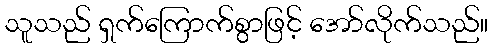
သူသည် ရှက်ကြောက်စွာဖြင့် အော်လိုက်သည်။